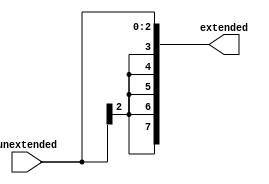
/* Author: Santosh Srivatsan	2017A8PS1924G */
/* SUB-MODULE : SIGN EXTENDER */

module a2_sign_extender(
		input [2:0] unextended,
		output [7:0] extended
		);

	assign extended = { {5{unextended[2]}} , unextended};
endmodule

/*******************************************************************************************************************************************************************/

/* Testbench */

module a2_tb_sign_extender;
	reg [2:0] tb_unextended;
	wire [7:0] tb_extended;
	
	/* Instantiating the sign extender module */
	a2_sign_extender SE(.unextended(tb_unextended), .extended(tb_extended));

	initial #100 $finish;

	initial
	begin
		tb_unextended = 3'b110;
		#10 tb_unextended = 3'b011;
	end
endmodule

/*******************************************************************************************************************************************************************/